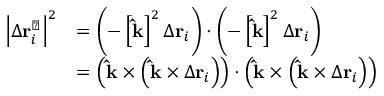
{ \begin{array} { r l } { \left| \Delta \mathbf { r } _ { i } ^ { \perp } \right| ^ { 2 } } & { = \left( - \left[ \mathbf { \hat { k } } \right] ^ { 2 } \Delta \mathbf { r } _ { i } \right) \cdot \left( - \left[ \mathbf { \hat { k } } \right] ^ { 2 } \Delta \mathbf { r } _ { i } \right) } \\ & { = \left( \mathbf { \hat { k } } \times \left( \mathbf { \hat { k } } \times \Delta \mathbf { r } _ { i } \right) \right) \cdot \left( \mathbf { \hat { k } } \times \left( \mathbf { \hat { k } } \times \Delta \mathbf { r } _ { i } \right) \right) } \end{array} }